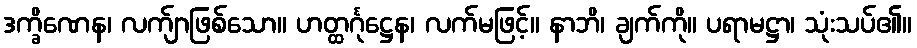
ဒက္ခိဏေန၊ လက်ျာဖြစ်သော။ ဟတ္ထင်္ဂုဋ္ဌေန၊ လက်မဖြင့်။ နာဘိ၊ ချက်ကို။ ပရာမဋ္ဌာ၊ သုံးသပ်၏။